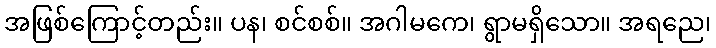
အဖြစ်ကြောင့်တည်း။ ပန၊ စင်စစ်။ အဂါမကေ၊ ရွာမရှိသော။ အရညေ၊